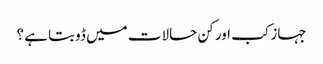
جہاز کب اور کن حالات میں ڈوبتا ہے ؟